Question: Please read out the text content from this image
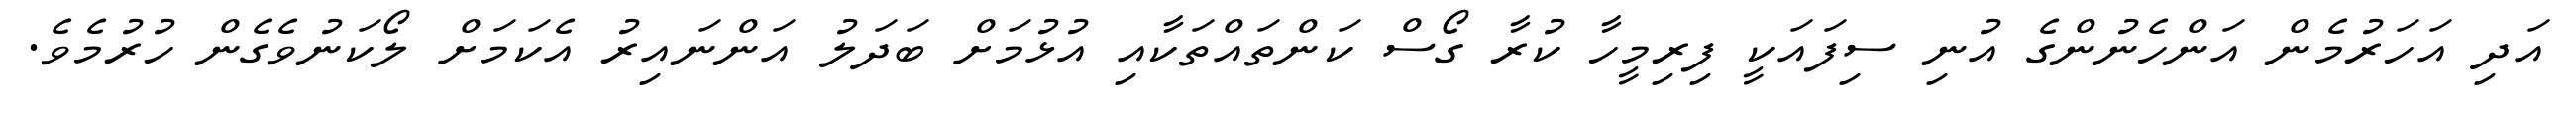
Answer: އަދި އަހަރުމެން އަންހެނުންގެ އުނި ސިފައަކީ ފިރިމީހާ ކުރާ ގޯސް ކަންތައްތަކާއި އުޅުމަށް ބަދަލު އަންނައިރު އެކަމަށް ލޯކަނުވެގެން ހުރުމެވެ.